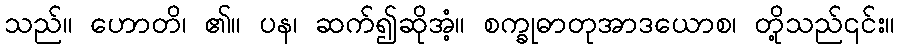
သည်။ ဟောတိ၊ ၏။ ပန၊ ဆက်၍ဆိုအံ့။ စက္ခုဓာတုအာဒယောစ၊ တို့သည်၎င်း။